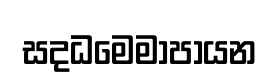
සදධමෙමාපායන